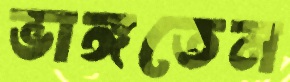
ভাঙ্গতেন